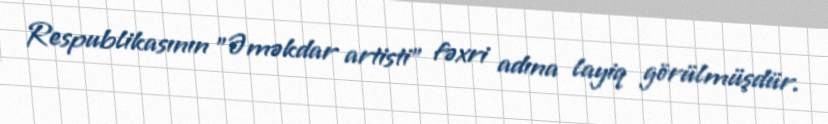
Respublikasının "Əməkdar artisti" fəxri adına layiq görülmüşdür.